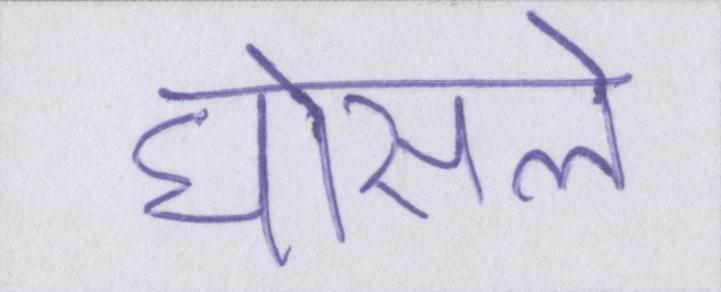
घोसले